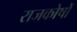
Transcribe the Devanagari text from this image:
राजकोषों